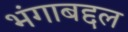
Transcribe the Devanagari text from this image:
भंगाबद्दल